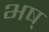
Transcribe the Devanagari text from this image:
भष्